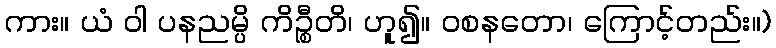
ကား။ ယံ ဝါ ပနညမ္ပိ ကိဉ္စီတိ၊ ဟူ၍။ ဝစနတော၊ ကြောင့်တည်း။)